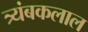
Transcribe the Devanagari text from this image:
त्र्यंबकलाल